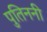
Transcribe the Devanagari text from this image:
पुतिननी